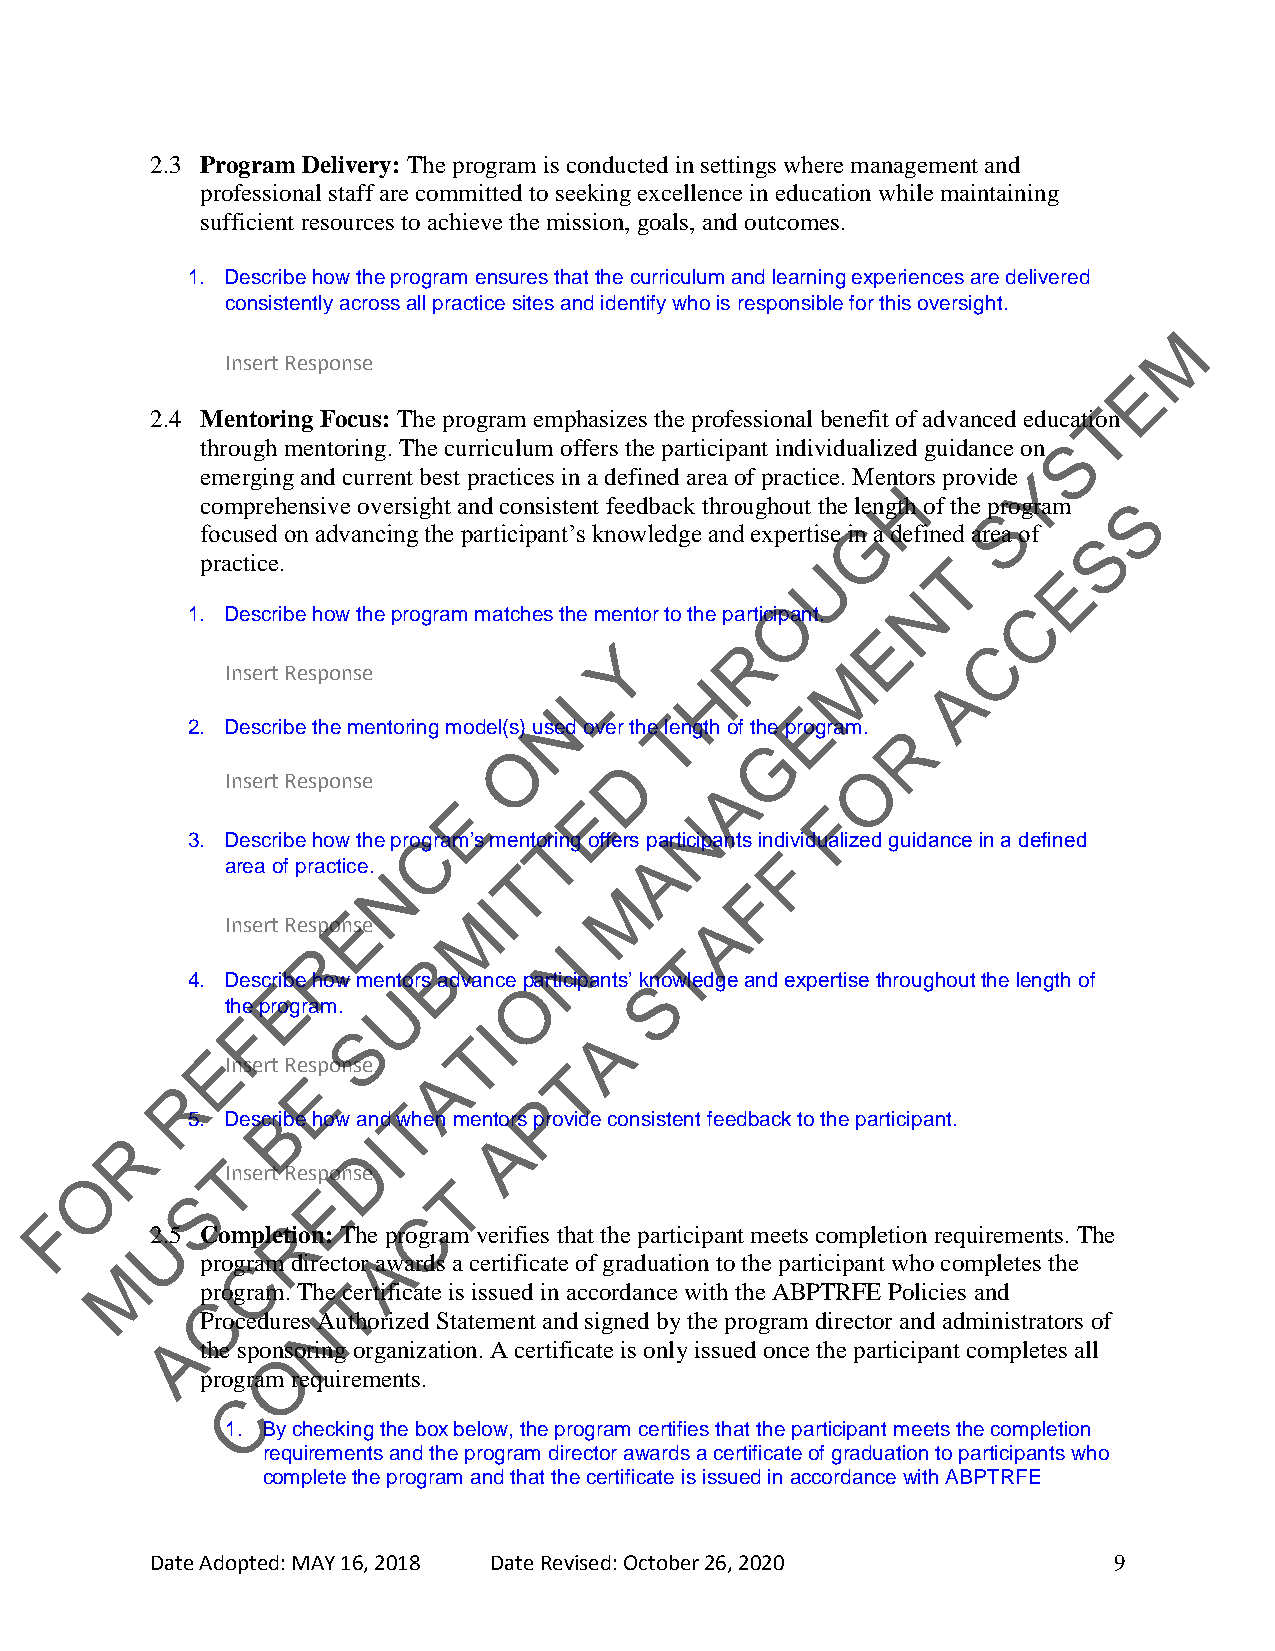
2.3 Program Delivery: The program is conducted in settings where management and
 professional staff are committed to seeking excellence in education while maintaining
 sufficient resources to achieve the mission, goals, and outcomes.
 1. Describe how the program ensures that the curriculum and learning experiences are delivered
 consistently across all practice sites and identify who is responsible for this oversight.
 M
 Insert Response
 E
 T
 2.4 Mentoring Focus: The program emphasizes the professional benefit of advanced education
 through mentoring. The curriculum offers the participant individualized guidance on S
 emerging and current best practices in a defined area of practice. Mento rs provide Y
 H
 comprehensive oversight and consistent feedback throughout the length of the program S
 S
 G
 focused on advancing the participant’s knowledge and expertise in a defined area of S
 practice.                                U        T
 E
 N
 1. Describe how the program matches the mentor to the
 participO
 ant.
 C
 E
 Y        R               C
 Insert Response
 M
 L       H                A
 N
 T
 E
 2. Describe the mentoring model(s) used over the length of the program. R
 O                G
 D               O
 Insert Response                  A
 E       E                F
 N
 3. Describe how the proCgram’s mentoTring offers participants indiv idualized guidance in a defined
 A       F
 area of practice.  T
 N
 M       F
 I
 Insert
 ResponE
 se
 M               A
 R      B        N       T
 4. DescrEibe how mentors advance Oparticipants’ kSnowledge and expertise throughout the length of
 U
 the program.
 F
 S        I       A
 T
 E
 Insert Resp onse A    T
 E
 R
 P
 T
 B
 5. Describe how and when mentors provide consistent feedback to the participant.
 R               I        A
 D
 T
 O        Insert Response
 T
 S        E
 F                        C
 2U.5 CompleR tion: The program verifies that the participant meets completion requirements. The
 A
 M    progCram director awards a certificate of graduation to the participant who completes the
 program. The cTertificate is issued in accordance with the ABPTRFE Policies and
 C
 Procedures NAuthorized Statement and signed by the program director and administrators of
 A
 the sponsoring organization. A certificate is only issued once the participant completes all
 O
 program requirements.
 C
 1. By checking the box below, the program certifies that the participant meets the completion
 requirements and the program director awards a certificate of graduation to participants who
 complete the program and that the certificate is issued in accordance with ABPTRFE
 Date Adopted: MAY 16, 2018 Date Revised: October 26, 2020       9